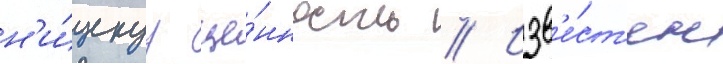
н'и́зкуу це́нность // Изв'е́ст'ен